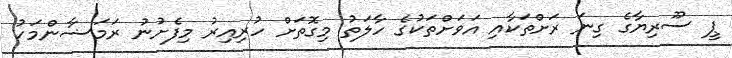
ޕީ ސޫރިޔާގެ ގިނަ ރަށްތަކާއި އަވަށްތަކުގެ ހާލަތު މިގޮތަށް ހުރިއިރު މިފެށުނު ރަމަޟާންމަހު